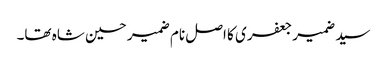
سید ضمیر جعفری کا اصل نام ضمیر حسین شاہ تھا۔